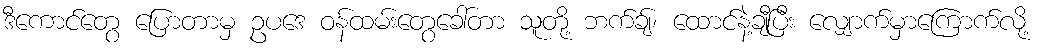
ဒီကောင်တွေ ပြောတာမှ ဥပဒေ ဝန်ထမ်းတွေခေါ်တာ သူတို့ ဘက်ချ်၊ ထောင်နဲ့ချီပြီး လျှောက်မှာကြောက်လို့